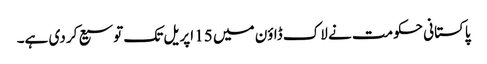
پاکستانی حکومت نے لاک ڈاؤن میں 15 اپریل تک توسیع کر دی ہے۔